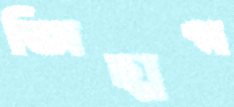
জিহ্মগ